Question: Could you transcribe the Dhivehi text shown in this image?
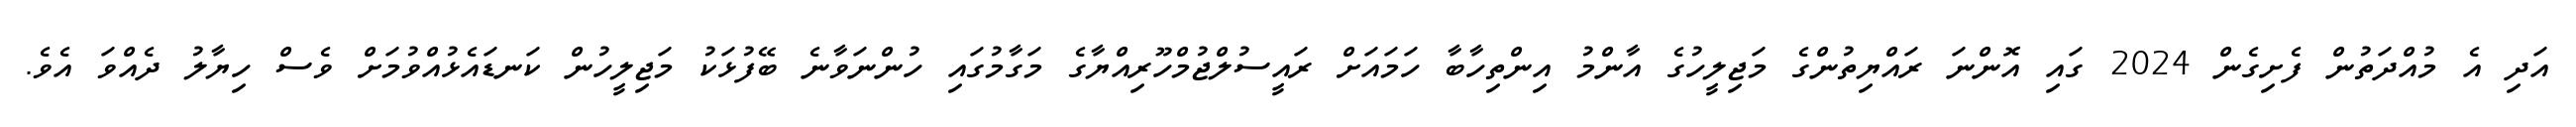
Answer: އަދި އެ މުއްދަތުން ފެށިގެން 2024 ގައި އޮންނަ ރައްޔިތުންގެ މަޖިލީހުގެ އާންމު އިންތިހާބާ ހަމައަށް ރައީސުލްޖުމްހޫރިއްޔާގެ މަގާމުގައި ހުންނަވާނެ ބޭފުޅަކު މަޖިލީހުން ކަނޑައެޅުއްވުމަށް ވެސް ހިޔާލު ދެއްވަ އެވެ.